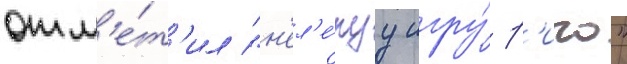
отм'е́т'ил "н'ел'е́пуу игру́ р'иго"